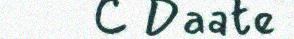
 Daate